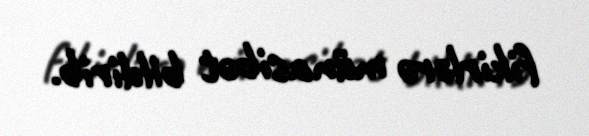
fikirlərə münasibət bildirib.